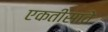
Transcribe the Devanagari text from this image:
एकतीसावे